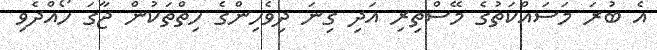
އެ ބުރަ މަސައްކަތުގެ މޭސްތިރި އަދި ގިނަ ދިވެހިންގެ ހިތްތަކުން ޖާގަ ހޯއްދެވި